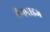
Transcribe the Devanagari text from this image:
मैगपाइज